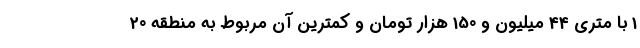
1 با متری 44 میلیون و 150 هزار تومان و کمترین آن مربوط به منطقه 20